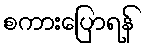
စကားပြောရန်